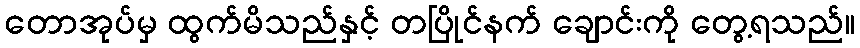
တောအုပ်မှ ထွက်မိသည်နှင့် တပြိုင်နက် ချောင်းကို တွေ့ရသည်။